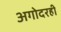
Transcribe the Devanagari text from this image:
अगोदरही